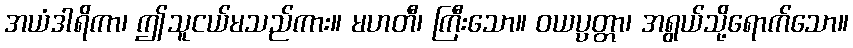
အယံဒါရိကာ၊ ဤသူငယ်မသည်ကား။ မဟတီ၊ ကြီးသော။ ဝယပ္ပတ္တာ၊ အရွယ်သို့ရောက်သော။